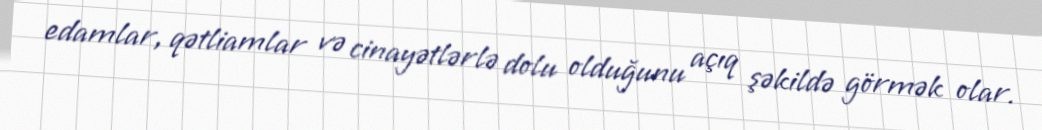
edamlar, qətliamlar və cinayətlərlə dolu olduğunu açıq şəkildə görmək olar.